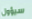
سيؤول